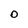
Character: O